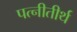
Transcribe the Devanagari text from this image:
पत्नीतीर्थ